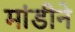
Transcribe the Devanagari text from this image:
मांडीने